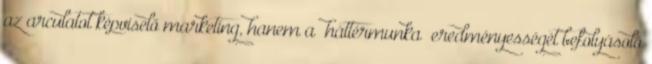
az arculatot képviselő marketing, hanem a „háttérmunka” eredményességét befolyásoló